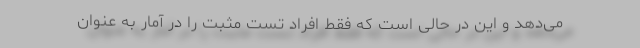
می‌دهد و این در حالی است که فقط افراد تست مثبت را در آمار به عنوان